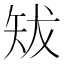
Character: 𥎱